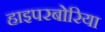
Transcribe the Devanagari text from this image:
हाइपरबोरिया